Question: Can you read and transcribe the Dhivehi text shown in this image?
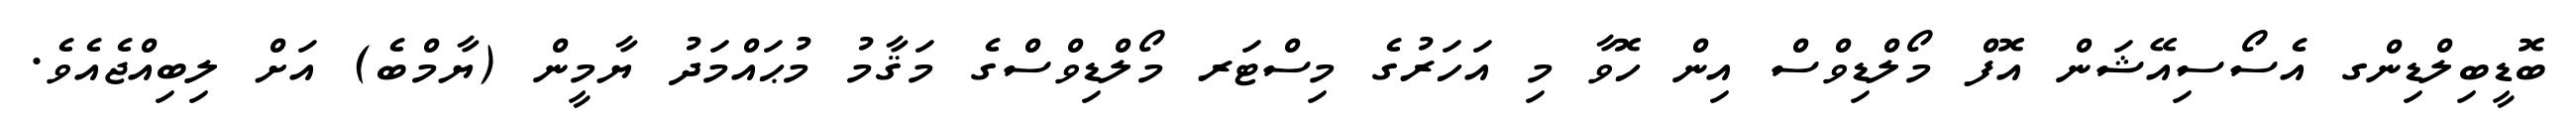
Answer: ބޮޑީބިލްޑިންގ އެސޯސިއޭޝަން އޮފް މޯލްޑިވްސް އިން ހޮވާ މި އަހަރުގެ މިސްޓަރ މޯލްޑިވްސްގެ މަޤާމު މުޙައްމަދު ޔާމީން (ޔާމްބެ) އަށް ލިބިއްޖެއެވެ.